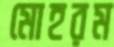
মোহরম